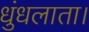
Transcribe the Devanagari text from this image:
धुंधलाता।